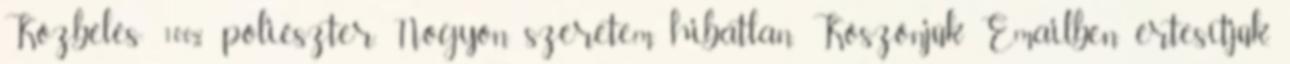
Közbélés: 100% poliészter. Nogyon szeretem, hibátlan. Köszönjük Emailben értesítjük,